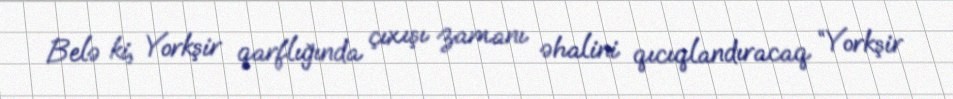
Belə ki, Yorkşir qarflığında çıxışı zamanı əhalini qıcıqlandıracaq “Yorkşir